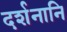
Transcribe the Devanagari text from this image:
दर्शनानि